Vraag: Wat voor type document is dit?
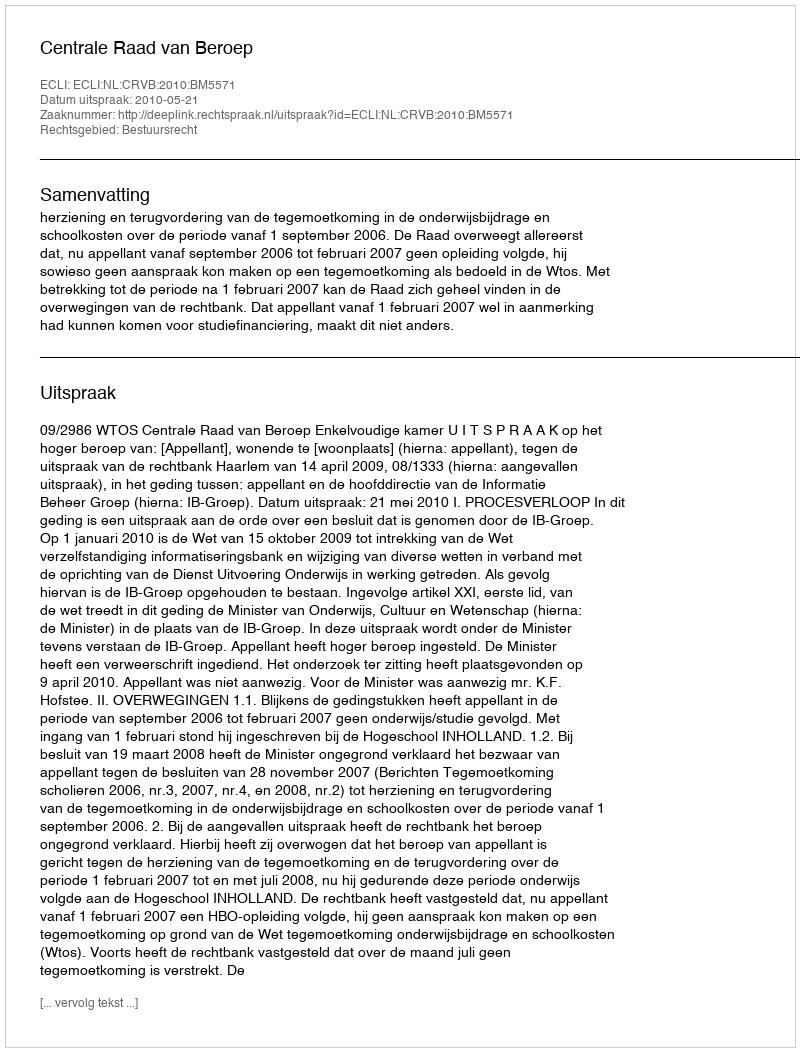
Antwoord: Uitspraak